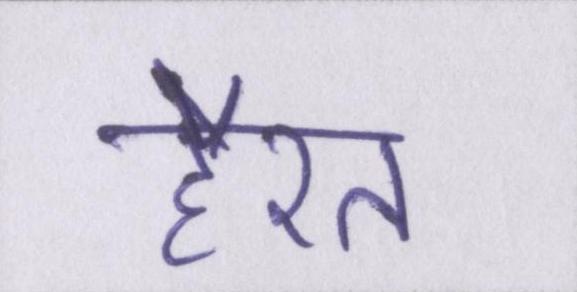
हैरत